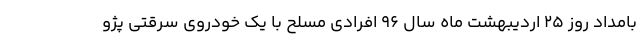
بامداد روز 25 اردیبهشت ماه سال 96 افرادی مسلح با یک خودروی سرقتی پژو